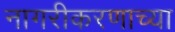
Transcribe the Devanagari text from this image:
नागरीकरणाच्या